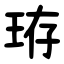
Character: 珔